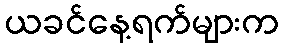
ယခင်နေ့ရက်များက